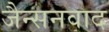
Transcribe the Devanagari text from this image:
जैन्सनवाद